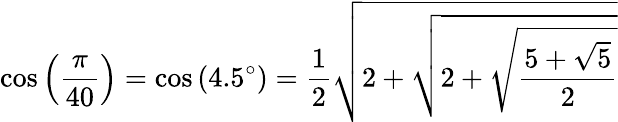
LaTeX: \cos\left({\frac{\pi}{40}}\right)=\cos\left(4.5^{\circ}\right)={\frac{1}{2}}{\sqrt{2+{\sqrt{2+{\sqrt{\frac{5+{\sqrt{5}}}{2}}}}}}}